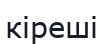
кіреші